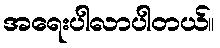
အရေးပါလာပါတယ်။